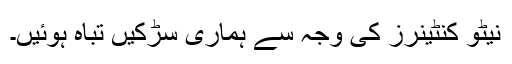
نیٹو کنٹینرز کی وجہ سے ہماری سڑکیں تباہ ہوئیں۔